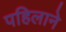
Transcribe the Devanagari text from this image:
पहिलाने